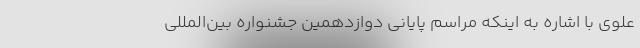
علوی با اشاره به اینکه مراسم پایانی دوازدهمین جشنواره بین‌المللی